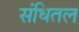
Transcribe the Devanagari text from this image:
संधितल